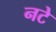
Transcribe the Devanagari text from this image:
नटे